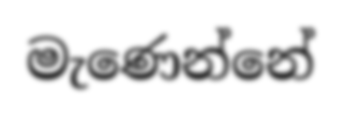
මැණෙන්නේ